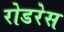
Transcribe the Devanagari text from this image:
रोडरेस